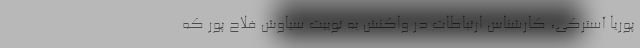
پوریا آسترکی، کارشناس ارتباطات در واکنش به توییت سیاوش فلاح پور که